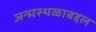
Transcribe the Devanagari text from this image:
जन्मस्थळाबद्दल